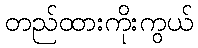
တည်ထားကိုးကွယ်